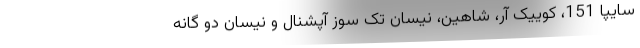
سايپا 151،‌ کوییک آر،‌ شاهین، نیسان تک سوز آپشنال و نیسان دو گانه